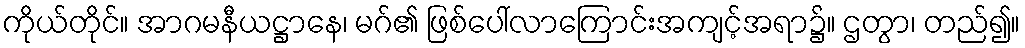
ကိုယ်တိုင်။ အာဂမနီယဋ္ဌာနေ၊ မဂ်၏ ဖြစ်ပေါ်လာကြောင်းအကျင့်အရာ၌။ ဌတွာ၊ တည်၍။